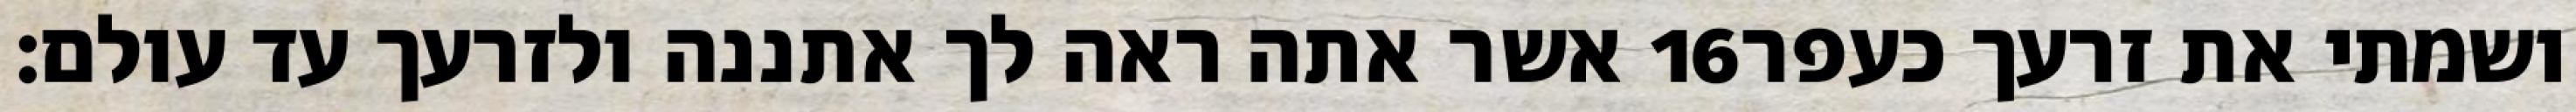
אשר אתה ראה לך אתננה ולזרעך עד עולם׃ ‎16‏ ושמתי את זרעך כעפר